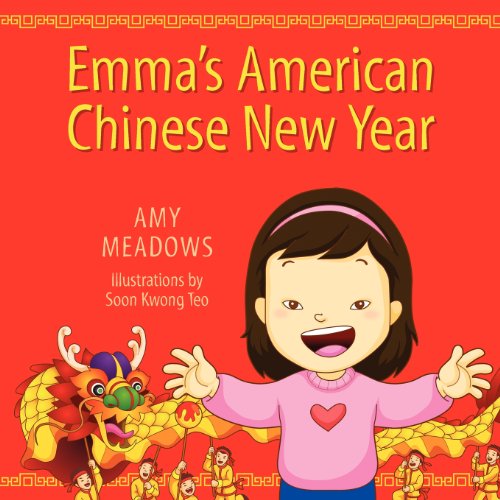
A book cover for Emma's American Chinese New Year; Amy Meadows; Children's Books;